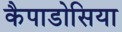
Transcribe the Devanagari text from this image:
कैपाडोसिया